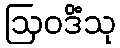
ဩဝဒိံသု